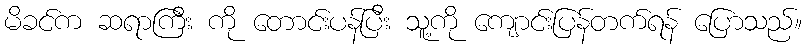
မိခင်က ဆရာကြီး ကို တောင်းပန်ပြီး သူ့ကို ကျောင်းပြန်တက်ရန် ပြောသည်။